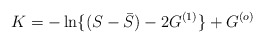
\begin{align*}K=-\ln\{(S - {\bar S}) -2G^{(1)} \} + G^{(o)}\end{align*}